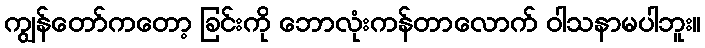
ကျွန်တော်ကတော့ ခြင်းကို ဘောလုံးကန်တာလောက် ဝါသနာမပါဘူး။